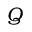
Q